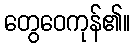
တွေဝေကုန်၏။